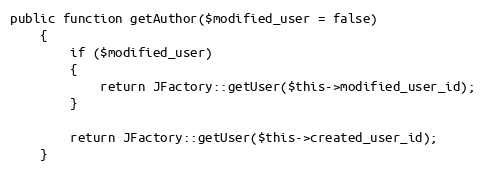
Language: PHP
public function getAuthor($modified_user = false)
	{
		if ($modified_user)
		{
			return JFactory::getUser($this->modified_user_id);
		}

		return JFactory::getUser($this->created_user_id);
	}